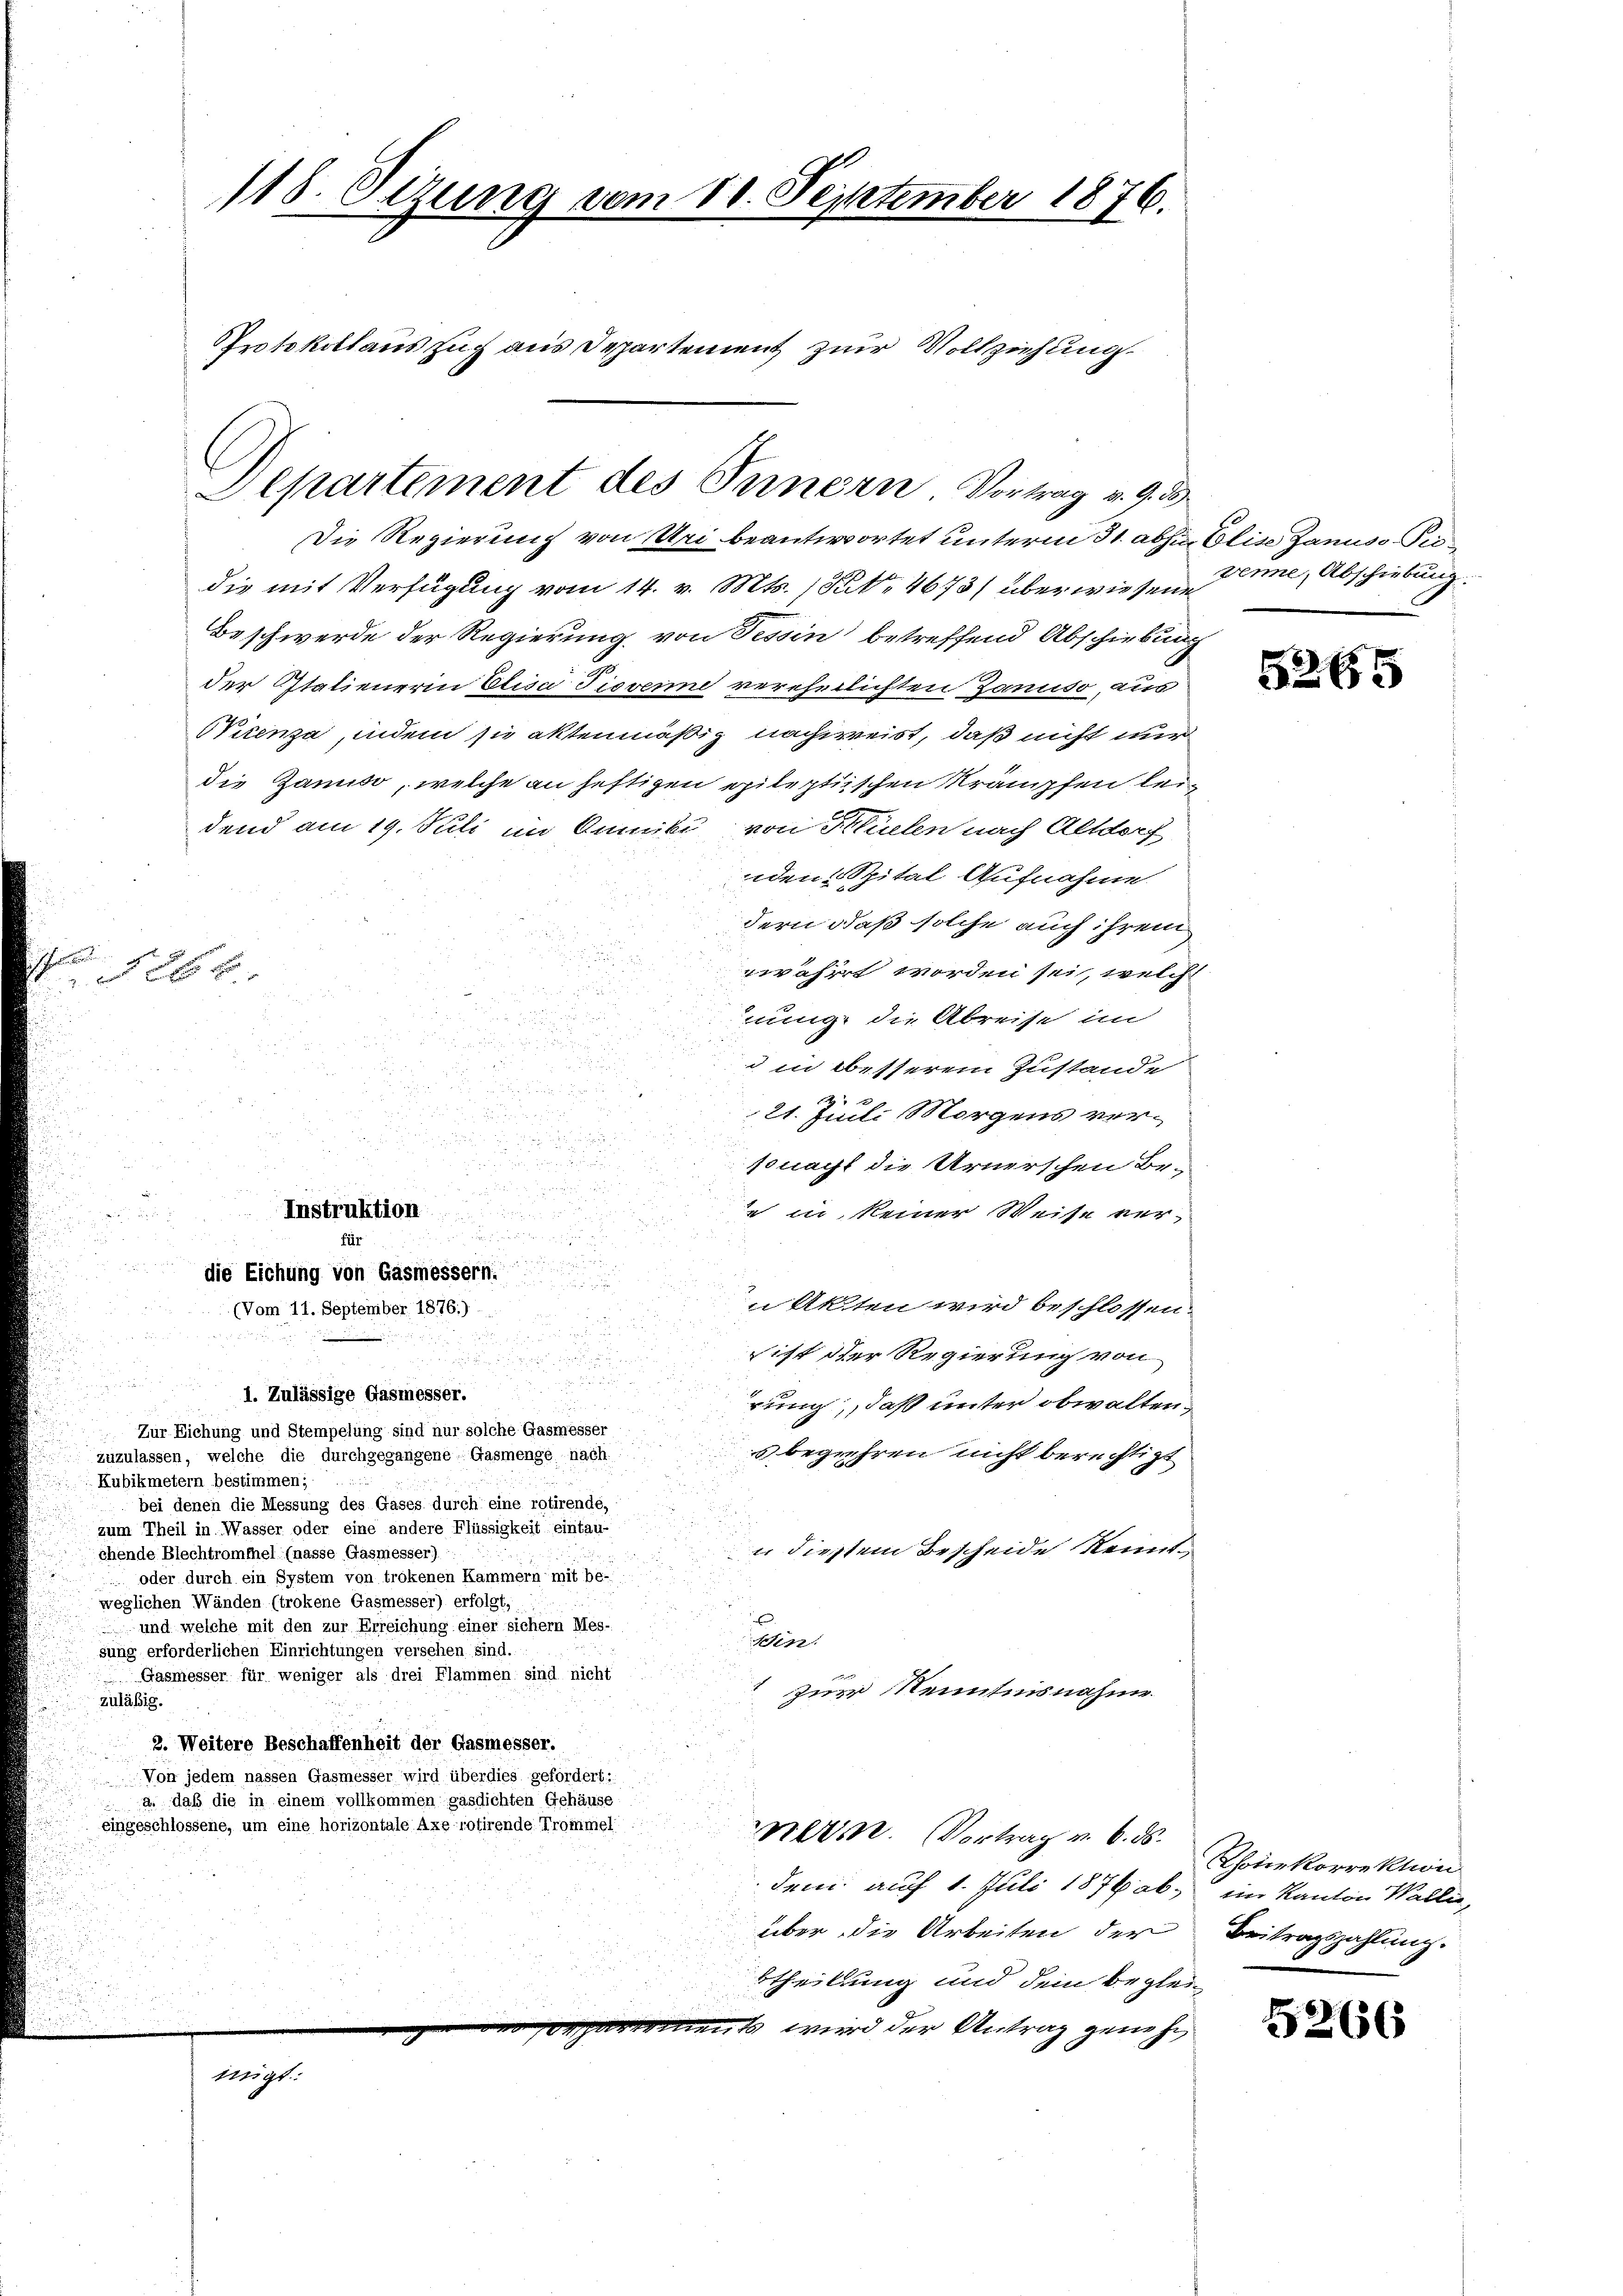
118. Otzung vom 10. September 1876.
Protokollauszug aus Departement zur Vollziehung

Die Regierung von Uri beantwortet unterm 31. abhin
die mit Verfügung vom 14. v. Mts. (Tit. 4673/ überwiesene
Beschwerde der Regierung von Tessin betreffend Abschiebung
der Statienerin Elisa Piovenne verehelichten Januso, aus
Vicenza, indem sie aktenmäßig nachweist, daß nicht nur
die Zamiso, welche an heftigen epileptischen Krämpfen lei
dend am 19. Juli im Omniki von Hüllen nach Altdorf
iden Spital Aufnahme
dern daß solche auch ihrem
H
brahirt worden sei, welch

nung die Abreise im
d in besserem Zustande

21. Juli, Morgens ver¬

sonacht die Urnerschen Be¬

Instruktion
i in keiner Weise ver-
u

für

die Eichung von Gasmessern.
u
n Akten wird beschlossen.
(Vom 11. September 1876.)
rist der Regierung von

1. Zulässige Gasmesser.
rung, daß unter obwalten.
.
Zur Eichung und Stempelung sind nur solche Gasmesser
s begehren nicht berechtigt
zuzulassen, welche die durchgegangene Gasmenge nach
Kubikmetern bestimmen;
bei denen die Messung des Gases durch eine rotirende,
zum Theil in Wasser oder eine andere Flüssigkeit eintau-
u diesem Bescheide Kenntchende Blechtromfhel (nasse Gasmesser)
u
 oder durch ein System von trokenen Kammern mit be-
weglichen Wänden (trokene Gasmesser) erfolgt,
 und welche mit den zur Erreichung einer sichern Mes-
n
sung erforderlichen Einrichtungen versehen sind.
Gasmesser für weniger als drei Flammen sind nicht
zur Kenntnisnahme.
zuläßig.
2. Weitere Beschaffenheit der Gasmesser.
Von jedem nassen Gasmesser wird überdies gefordert:
a. das die in einem vollkommen gäsdichten Gehäuse
eingeschlossene, um eine horizontale Axerotirende Trommel
nem. Vortrag u. 6. ds.
dem auf 1. Juli 1876 ab. im Kanton Walli,

Departement des Innern Vortrag v. G. B.

über die Arbeiten der
btheilung und dem Begleiuts wird der Antrag genehm

Elise Januss. Pro-
venne, Abschiebung.

5265

Thonkorrektion
Beitragszahlung.

5266